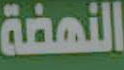
النهضة